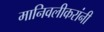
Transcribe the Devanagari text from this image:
मानिवलीकरांनी